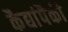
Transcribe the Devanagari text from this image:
कैद्यांपैकी